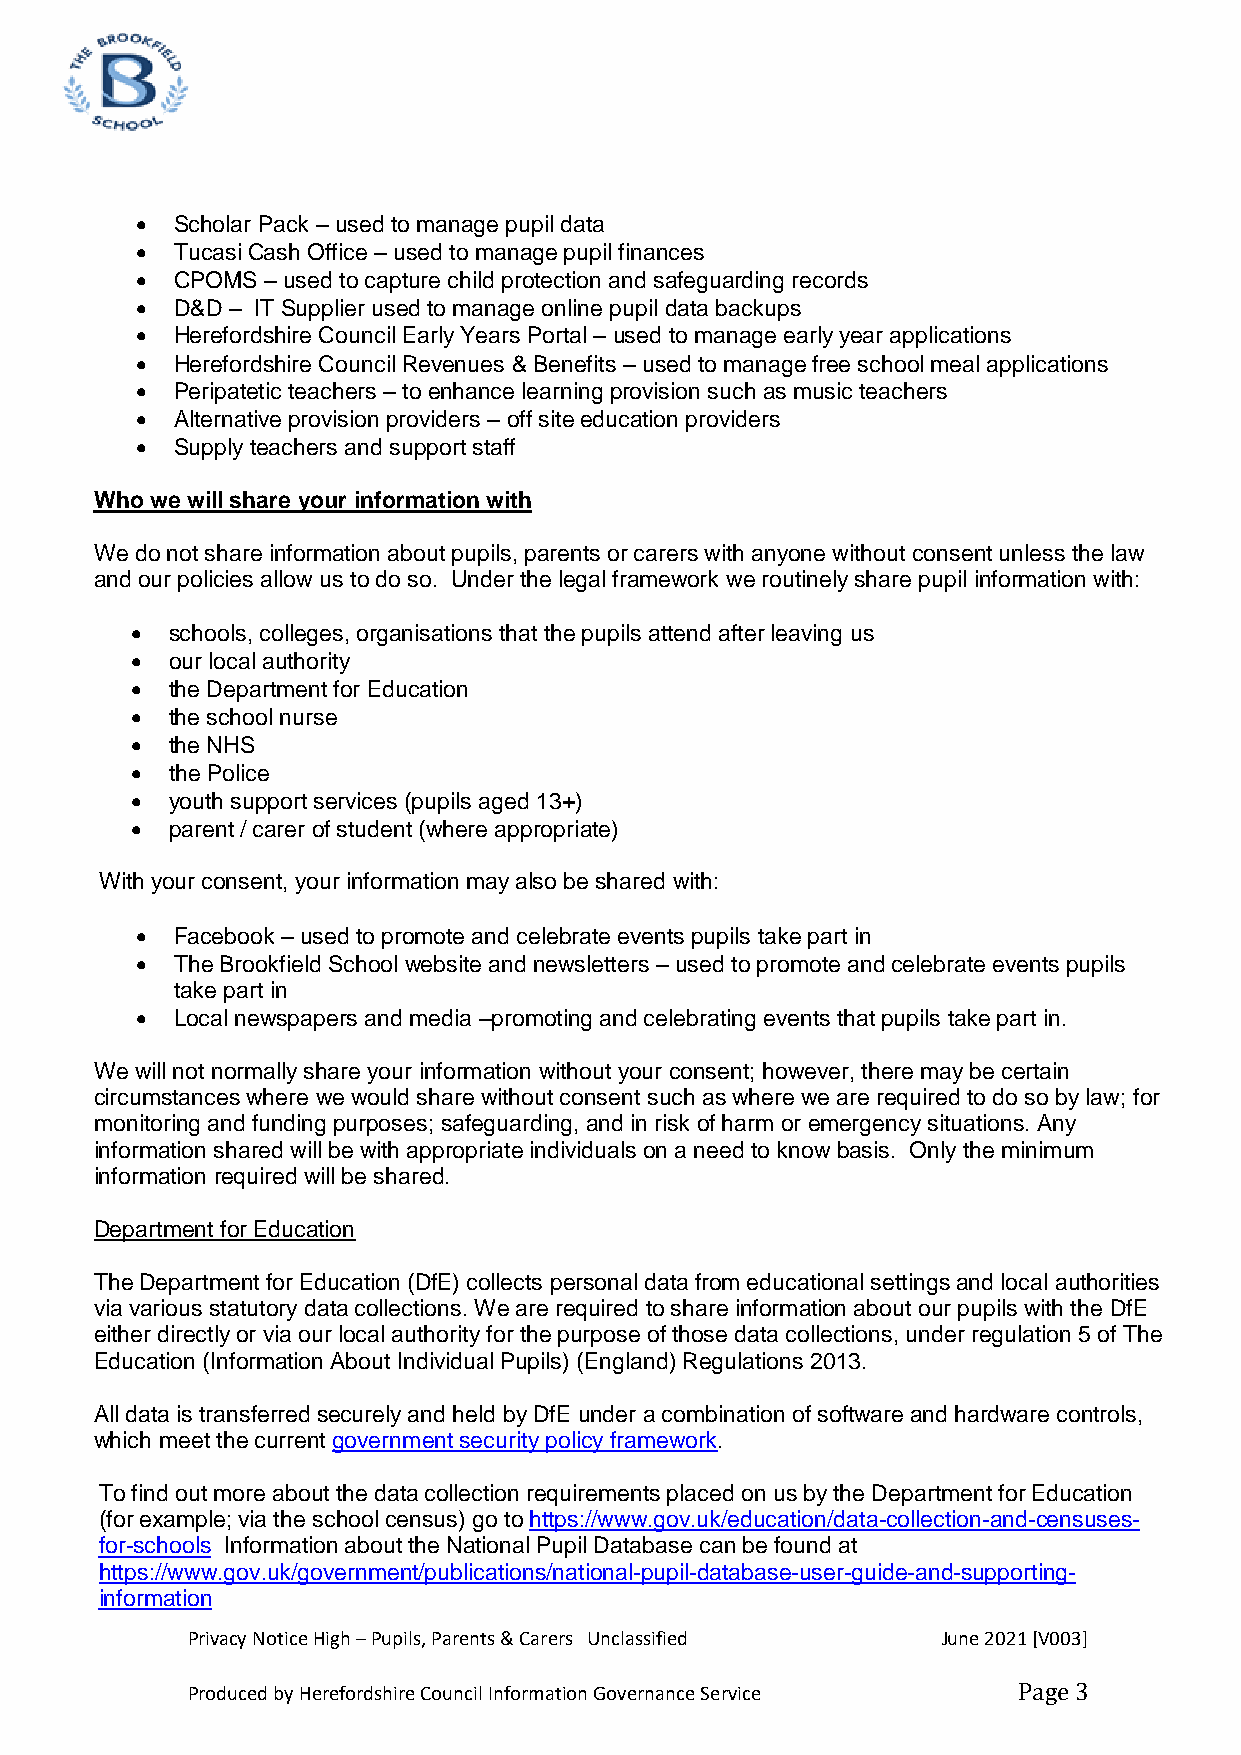
  Scholar Pack – used to manage pupil data
   Tucasi Cash Office – used to manage pupil finances
   CPOMS – used to capture child protection and safeguarding records
   D&D – IT Supplier used to manage online pupil data backups
   Herefordshire Council Early Years Portal – used to manage early year applications
   Herefordshire Council Revenues & Benefits – used to manage free school meal applications
   Peripatetic teachers – to enhance learning provision such as music teachers
   Alternative provision providers – off site education providers
   Supply teachers and support staff
 Who we will share your information with
 We do not share information about pupils, parents or carers with anyone without consent unless the law
 and our policies allow us to do so. Under the legal framework we routinely share pupil information with:
  schools, colleges, organisations that the pupils attend after leaving us
  our local authority
  the Department for Education
  the school nurse
  the NHS
  the Police
  youth support services (pupils aged 13+)
  parent / carer of student (where appropriate)
 With your consent, your information may also be shared with:
   Facebook – used to promote and celebrate events pupils take part in
   The Brookfield School website and newsletters – used to promote and celebrate events pupils
 take part in
   Local newspapers and media –promoting and celebrating events that pupils take part in.
 We will not normally share your information without your consent; however, there may be certain
 circumstances where we would share without consent such as where we are required to do so by law; for
 monitoring and funding purposes; safeguarding, and in risk of harm or emergency situations. Any
 information shared will be with appropriate individuals on a need to know basis. Only the minimum
 information required will be shared.
 Department for Education
 The Department for Education (DfE) collects personal data from educational settings and local authorities
 via various statutory data collections. We are required to share information about our pupils with the DfE
 either directly or via our local authority for the purpose of those data collections, under regulation 5 of The
 Education (Information About Individual Pupils) (England) Regulations 2013.
 All data is transferred securely and held by DfE under a combination of software and hardware controls,
 which meet the current government security policy framework.
 To find out more about the data collection requirements placed on us by the Department for Education
 (for example; via the school census) go to https://www.gov.uk/education/data-collection-and-censuses-
 for-schools Information about the National Pupil Database can be found at
 https://www.gov.uk/government/publications/national-pupil-database-user-guide-and-supporting-
 information
 Privacy Notice High – Pupils, Parents & Carers Unclassified June 2021 [V003]
 Produced by Herefordshire Council Information Governance Service Page 3